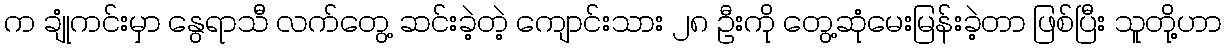
က ချုံကင်းမှာ နွေရာသီ လက်တွေ့ ဆင်းခဲ့တဲ့ ကျောင်းသား ၂၈ ဦးကို တွေ့ဆုံမေးမြန်းခဲ့တာ ဖြစ်ပြီး သူတို့ဟာ